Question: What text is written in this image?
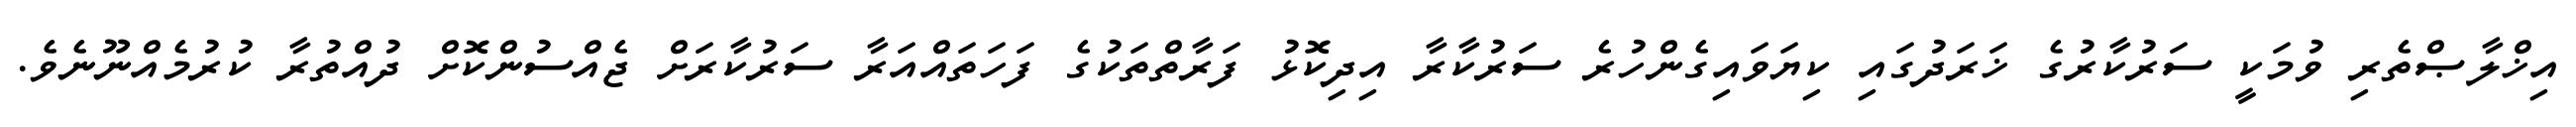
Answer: އިޚްލާޞްތެރި ވުމަކީ ސަރުކާރުގެ ޚަރަދުގައި ކިޔަވައިގެންހުރެ ސަރުކާރާ އިދިކޮޅު ފަރާތްތަކުގެ ފަހަތައްއަރާ ސަރުކާރަށް ޖެއްސުންކޮށް ދުއްތުރާ ކުރުމެއްނޫނެވެ.